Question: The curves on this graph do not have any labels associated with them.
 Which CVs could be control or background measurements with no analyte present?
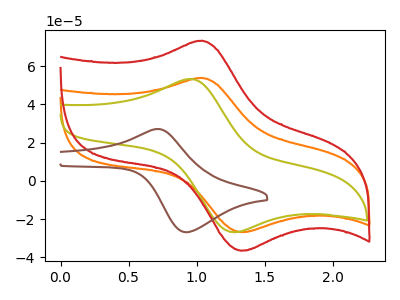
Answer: <think>The orange curve "orange" has an anodic peak at (1.05V, 53.80uA) and a cathodic peak at (1.35V, -26.85uA). The olive curve "olive" has an anodic peak at (0.95V, 53.20uA) and a cathodic peak at (1.25V, -26.85uA). The red curve "red" has an anodic peak at (1.05V, 73.25uA) and a cathodic peak at (1.35V, -36.55uA). The brown curve "brown" has an anodic peak at (0.70V, 27.10uA) and a cathodic peak at (0.95V, -26.85uA).</think>
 <answer>There are not any CV's on this graph that are likely to be blanks.</answer>
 <eval>none</eval>